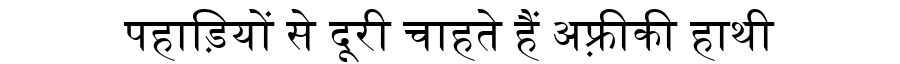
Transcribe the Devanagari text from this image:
पहाड़ियों से दूरी चाहते हैं अफ़्रीकी हाथी